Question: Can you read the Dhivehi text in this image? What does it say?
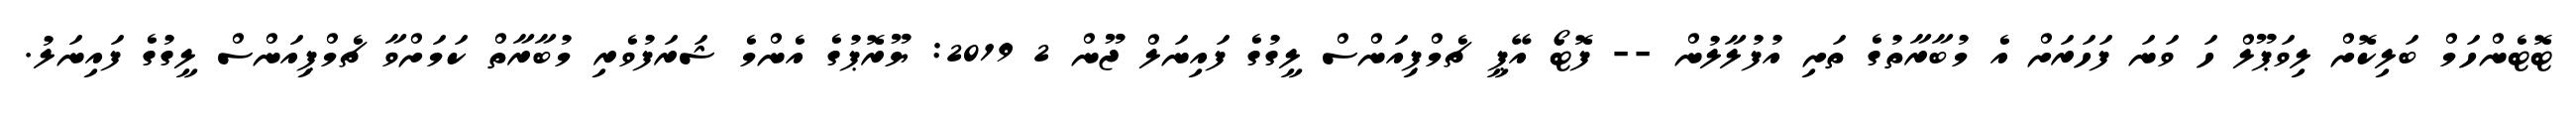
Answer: ޓޮޓެންހަމް ބަލިކޮށް ލިވަޕޫލް ހަ ވަނަ ފަހަރަށް އެ މުބާރާތުގެ ތަށި އުފުލާލުން -- ފޮޓޯ އޭޕީ ޗެމްޕިއަންސް ލީގުގެ ފައިނަލް ޖޫން 2 2019: ޔޫރޮޕުގެ އެންމެ ޝަރަފުވެރި މުބާރާތް ކަމަށްވާ ޗެމްޕިއަންސް ލީގުގެ ފައިނަލު.